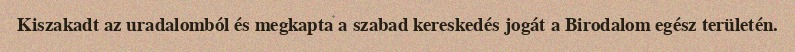
Kiszakadt az uradalomból és megkapta a szabad kereskedés jogát a Birodalom egész területén.